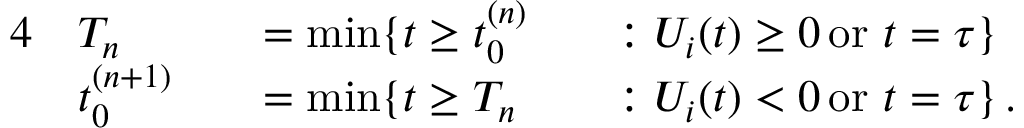
\begin{array} { r l r l r l } { { 4 } } & { T _ { n } } & & { = \operatorname* { m i n } \{ t \ge t _ { 0 } ^ { ( n ) } } & & { : U _ { i } ( t ) \ge 0 \, \mathrm { o r ~ } t = \tau \} } \\ & { t _ { 0 } ^ { ( n + 1 ) } } & & { = \operatorname* { m i n } \{ t \ge T _ { n } } & & { : U _ { i } ( t ) < 0 \, \mathrm { o r ~ } t = \tau \} \, . } \end{array}